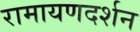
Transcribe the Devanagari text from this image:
रामायणदर्शन